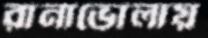
রানাভোলায়